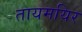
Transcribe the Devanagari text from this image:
तायमयिर